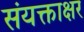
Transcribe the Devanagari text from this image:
संयक्ताक्षर